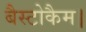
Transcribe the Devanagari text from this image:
बैस्टोकैम।